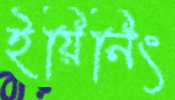
ইয়িনিং